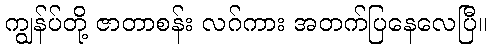
ကျွန်ပ်တို့ ဇာတာစန်း လဂ်ကား အတက်ပြနေလေပြီ။